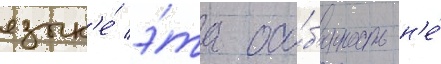
язык'е́ э́та осо́б'енность н'е́